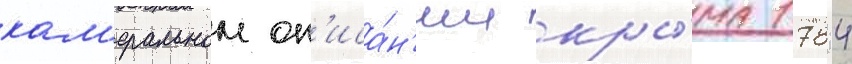
кам'еральном оп'иса́н'ии кры́ма 1784